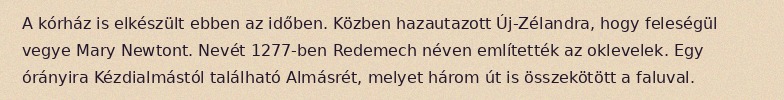
A kórház is elkészült ebben az időben. Közben hazautazott Új-Zélandra, hogy feleségül vegye Mary Newtont. Nevét 1277-ben Redemech néven említették az oklevelek. Egy órányira Kézdialmástól található Almásrét, melyet három út is összekötött a faluval.